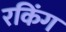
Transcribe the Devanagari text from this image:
रकिंग